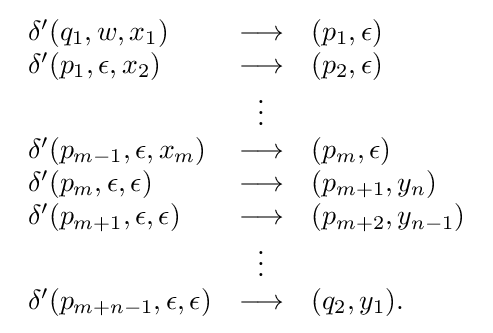
{\begin{array}{lcl}\delta '(q_{1},w,x_{1})&\longrightarrow &(p_{1},\epsilon )\\\delta '(p_{1},\epsilon ,x_{2})&\longrightarrow &(p_{2},\epsilon )\\&\vdots &\\\delta '(p_{m-1},\epsilon ,x_{m})&\longrightarrow &(p_{m},\epsilon )\\\delta '(p_{m},\epsilon ,\epsilon )&\longrightarrow &(p_{m+1},y_{n})\\\delta '(p_{m+1},\epsilon ,\epsilon )&\longrightarrow &(p_{m+2},y_{n-1})\\&\vdots &\\\delta '(p_{m+n-1},\epsilon ,\epsilon )&\longrightarrow &(q_{2},y_{1}).\end{array}}